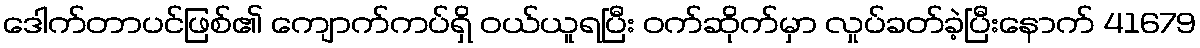
ဒေါက်တာပင်ဖြစ်၏ ကျောက်ကပ်ရှိ ဝယ်ယူရပြီး ဝက်ဆိုက်မှာ လှုပ်ခတ်ခဲ့ပြီးနောက် 41679